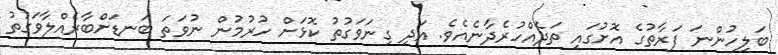
ބަލިހުންނަ ފަރާތުގެ އޮށުގައި ތަދެއްހުރެދާނެއެވެ. އަދި ގިނަވަގުތު ކޮޅަށް ހުރުމުން ނުވަތަ ބަނޑަށްބާރެއްލާވަގުތު